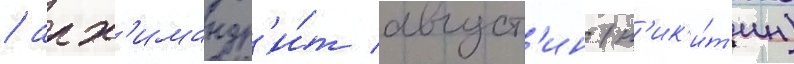
/ арх'имандр'и́т август'ин (н'ик'и́т'ин)